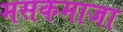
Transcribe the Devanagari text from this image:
मसकमाजा